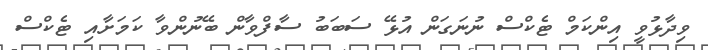
ވިދާޅުވީ އިންކަމް ޓެކްސް ނުނަގަން އުޅޭ ސަބަބު ސާފްވާން ބޭނުންވާ ކަމަށާއި ޓެކްސް